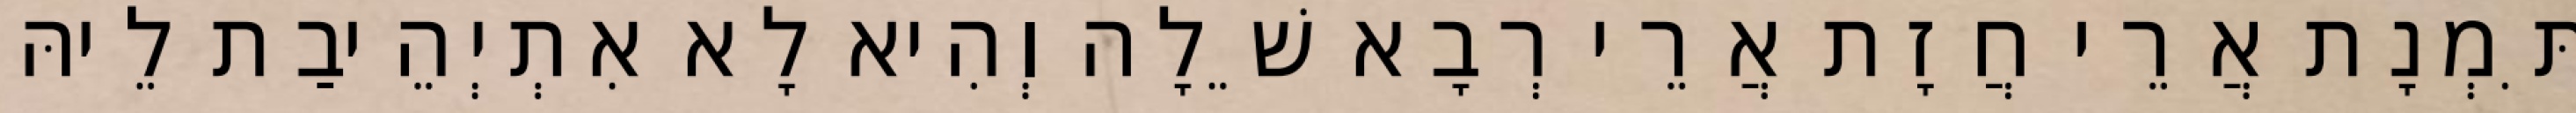
תִּמְנָת אֲרֵי חֲזָת אֲרֵי רְבָא שֵׁלָה וְהִיא לָא אִתְיְהֵיבַת לֵיהּ